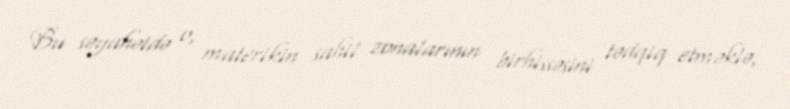
Bu səyahətdə o, materikin sahil zonalarının birhissəsini tədqiq etməklə,